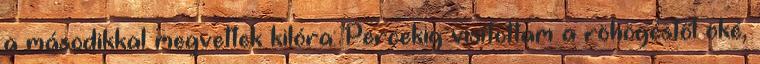
a másodikkal megvettek kilóra: Percekig visítottam a röhögéstől oké,